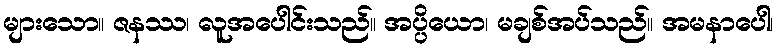
များသော။ ဇနဿ၊ လူအပေါင်းသည်။ အပ္ပိယော၊ မချစ်အပ်သည်။ အမနာပေါ၊